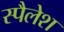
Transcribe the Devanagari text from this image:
स्पैलेश